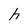
Character: h